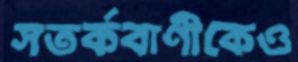
সতর্কবাণীকেও